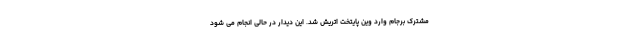
مشترک برجام وارد وین پایتخت اتریش شد. این دیدار در حالی انجام می شود